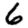
Digit: 6